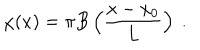
LaTeX: \chi ( x ) = \pi B \left( \frac { x - x _ { 0 } } { L } \right) \ .